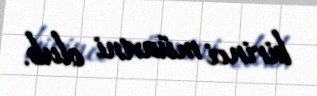
birinci müavini olub.